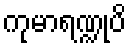
ကုမာရဏ္ဍုပိ